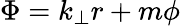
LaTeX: \Phi=k_{\perp}r+m\phi